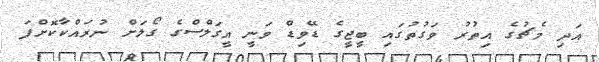
އަދި މެޗުގެ އިތުރު ވަގުތުގައި ބީޖީގެ ޑޭވިޑް ވަނީ އީގަލްސްގެ ގޯލަށް ނުރައްކާކޮށްފަ